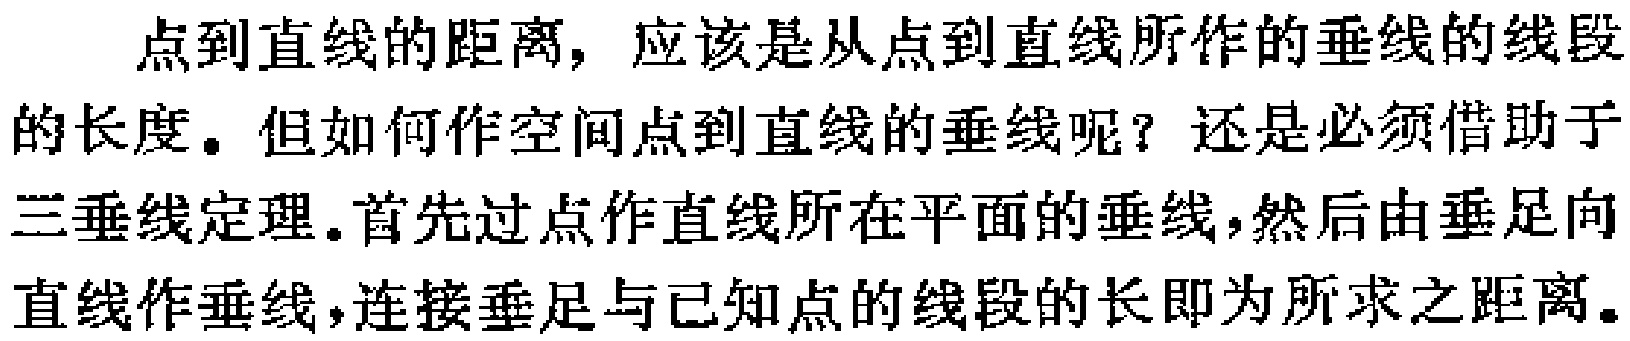
点到直线的距离，应该是从点到直线所作的垂线的线段的长度。但如何作空间点到直线的垂线呢？还是必须借助于三垂线定理.首先过点作直线所在平面的垂线，然后由垂足向直线作垂线，连接垂足与已知点的线段的长即为所求之距离。